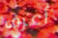
أعرف